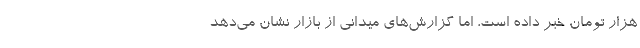
هزار تومان خبر داده است، اما گزارش‌های میدانی از بازار نشان می‌دهد